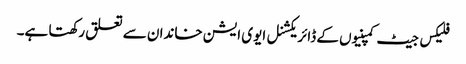
فلیکس جیٹ کمپنیوں کے ڈائریکشنل ایوی ایشن خاندان سے تعلق رکھتا ہے۔